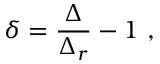
\delta = \frac { \Delta } { \Delta _ { r } } - 1 \ ,